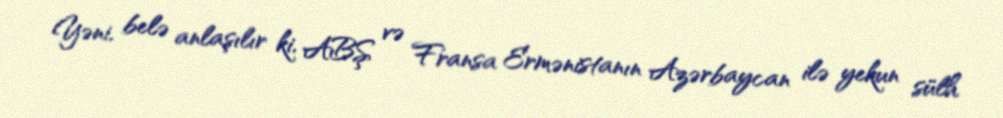
Yəni, belə anlaşılır ki, ABŞ və Fransa Ermənistanın Azərbaycan ilə yekun sülh